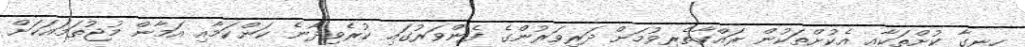
ހިނގާ ކުށްތަކާއި އެކުށްތަކުން ރައްކާތެރިވުމަށް ދަރިވަރުންގެ ފެންވަރުގައި ކުރެވިދާނެ ކަންކަމާއި އަމާން މުޖުތަމައަކަށް